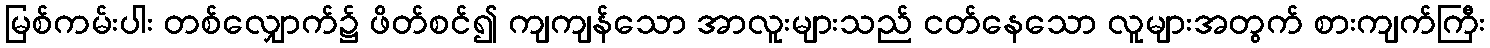
မြစ်ကမ်းပါး တစ်လျှောက်၌ ဖိတ်စင်၍ ကျကျန်သော အာလူးများသည် ငတ်နေသော လူများအတွက် စားကျက်ကြီး